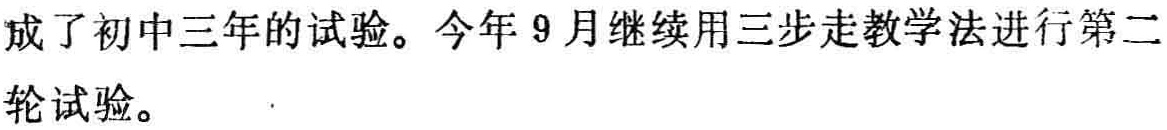
成了初中三年的试验。今年9月继续用三步走教学法进行第二轮试验。